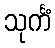
သုင်္ကံ